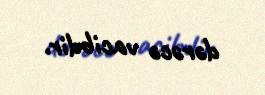
dərəcə vacibdir.